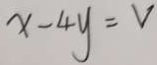
x - 4 y = v